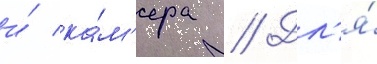
и́ ка́м'ера // Дл'я́